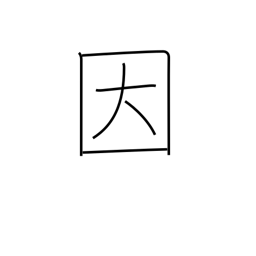
Meaning: be limited to